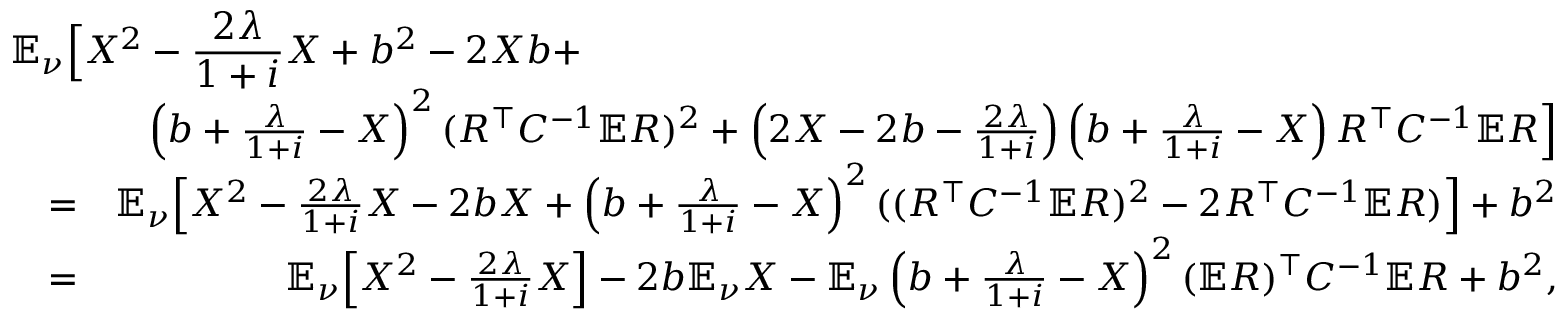
\begin{array} { r l r } { \lefteqn { \mathbb { E } _ { \nu } \Big [ X ^ { 2 } - \frac { 2 \lambda } { 1 + i } X + b ^ { 2 } - 2 X b + } } \\ & { } & { \left( b + \frac \lambda { 1 + i } - X \right) ^ { 2 } ( R ^ { \top } C ^ { - 1 } \mathbb { E } R ) ^ { 2 } + \left( 2 X - 2 b - \frac { 2 \lambda } { 1 + i } \right) \left( b + \frac \lambda { 1 + i } - X \right) R ^ { \top } C ^ { - 1 } \mathbb { E } R \Big ] } \\ & { = } & { \mathbb { E } _ { \nu } \Big [ X ^ { 2 } - \frac { 2 \lambda } { 1 + i } X - 2 b X + \left( b + \frac \lambda { 1 + i } - X \right) ^ { 2 } ( ( R ^ { \top } C ^ { - 1 } \mathbb { E } R ) ^ { 2 } - 2 R ^ { \top } C ^ { - 1 } \mathbb { E } R ) \Big ] + b ^ { 2 } } \\ & { = } & { \mathbb { E } _ { \nu } \Big [ X ^ { 2 } - \frac { 2 \lambda } { 1 + i } X \Big ] - 2 b \mathbb { E } _ { \nu } X - \mathbb { E } _ { \nu } \left( b + \frac \lambda { 1 + i } - X \right) ^ { 2 } ( \mathbb { E } R ) ^ { \top } C ^ { - 1 } \mathbb { E } R + b ^ { 2 } , } \end{array}